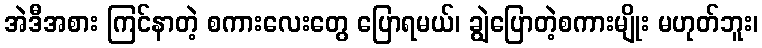
အဲဒီအစား ကြင်နာတဲ့ စကားလေးတွေ ပြောရမယ်၊ ချွဲပြောတဲ့စကားမျိုး မဟုတ်ဘူး၊